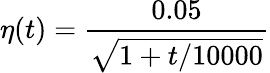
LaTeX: \eta(t)=\frac{0.05}{\sqrt{1+t/10000}}